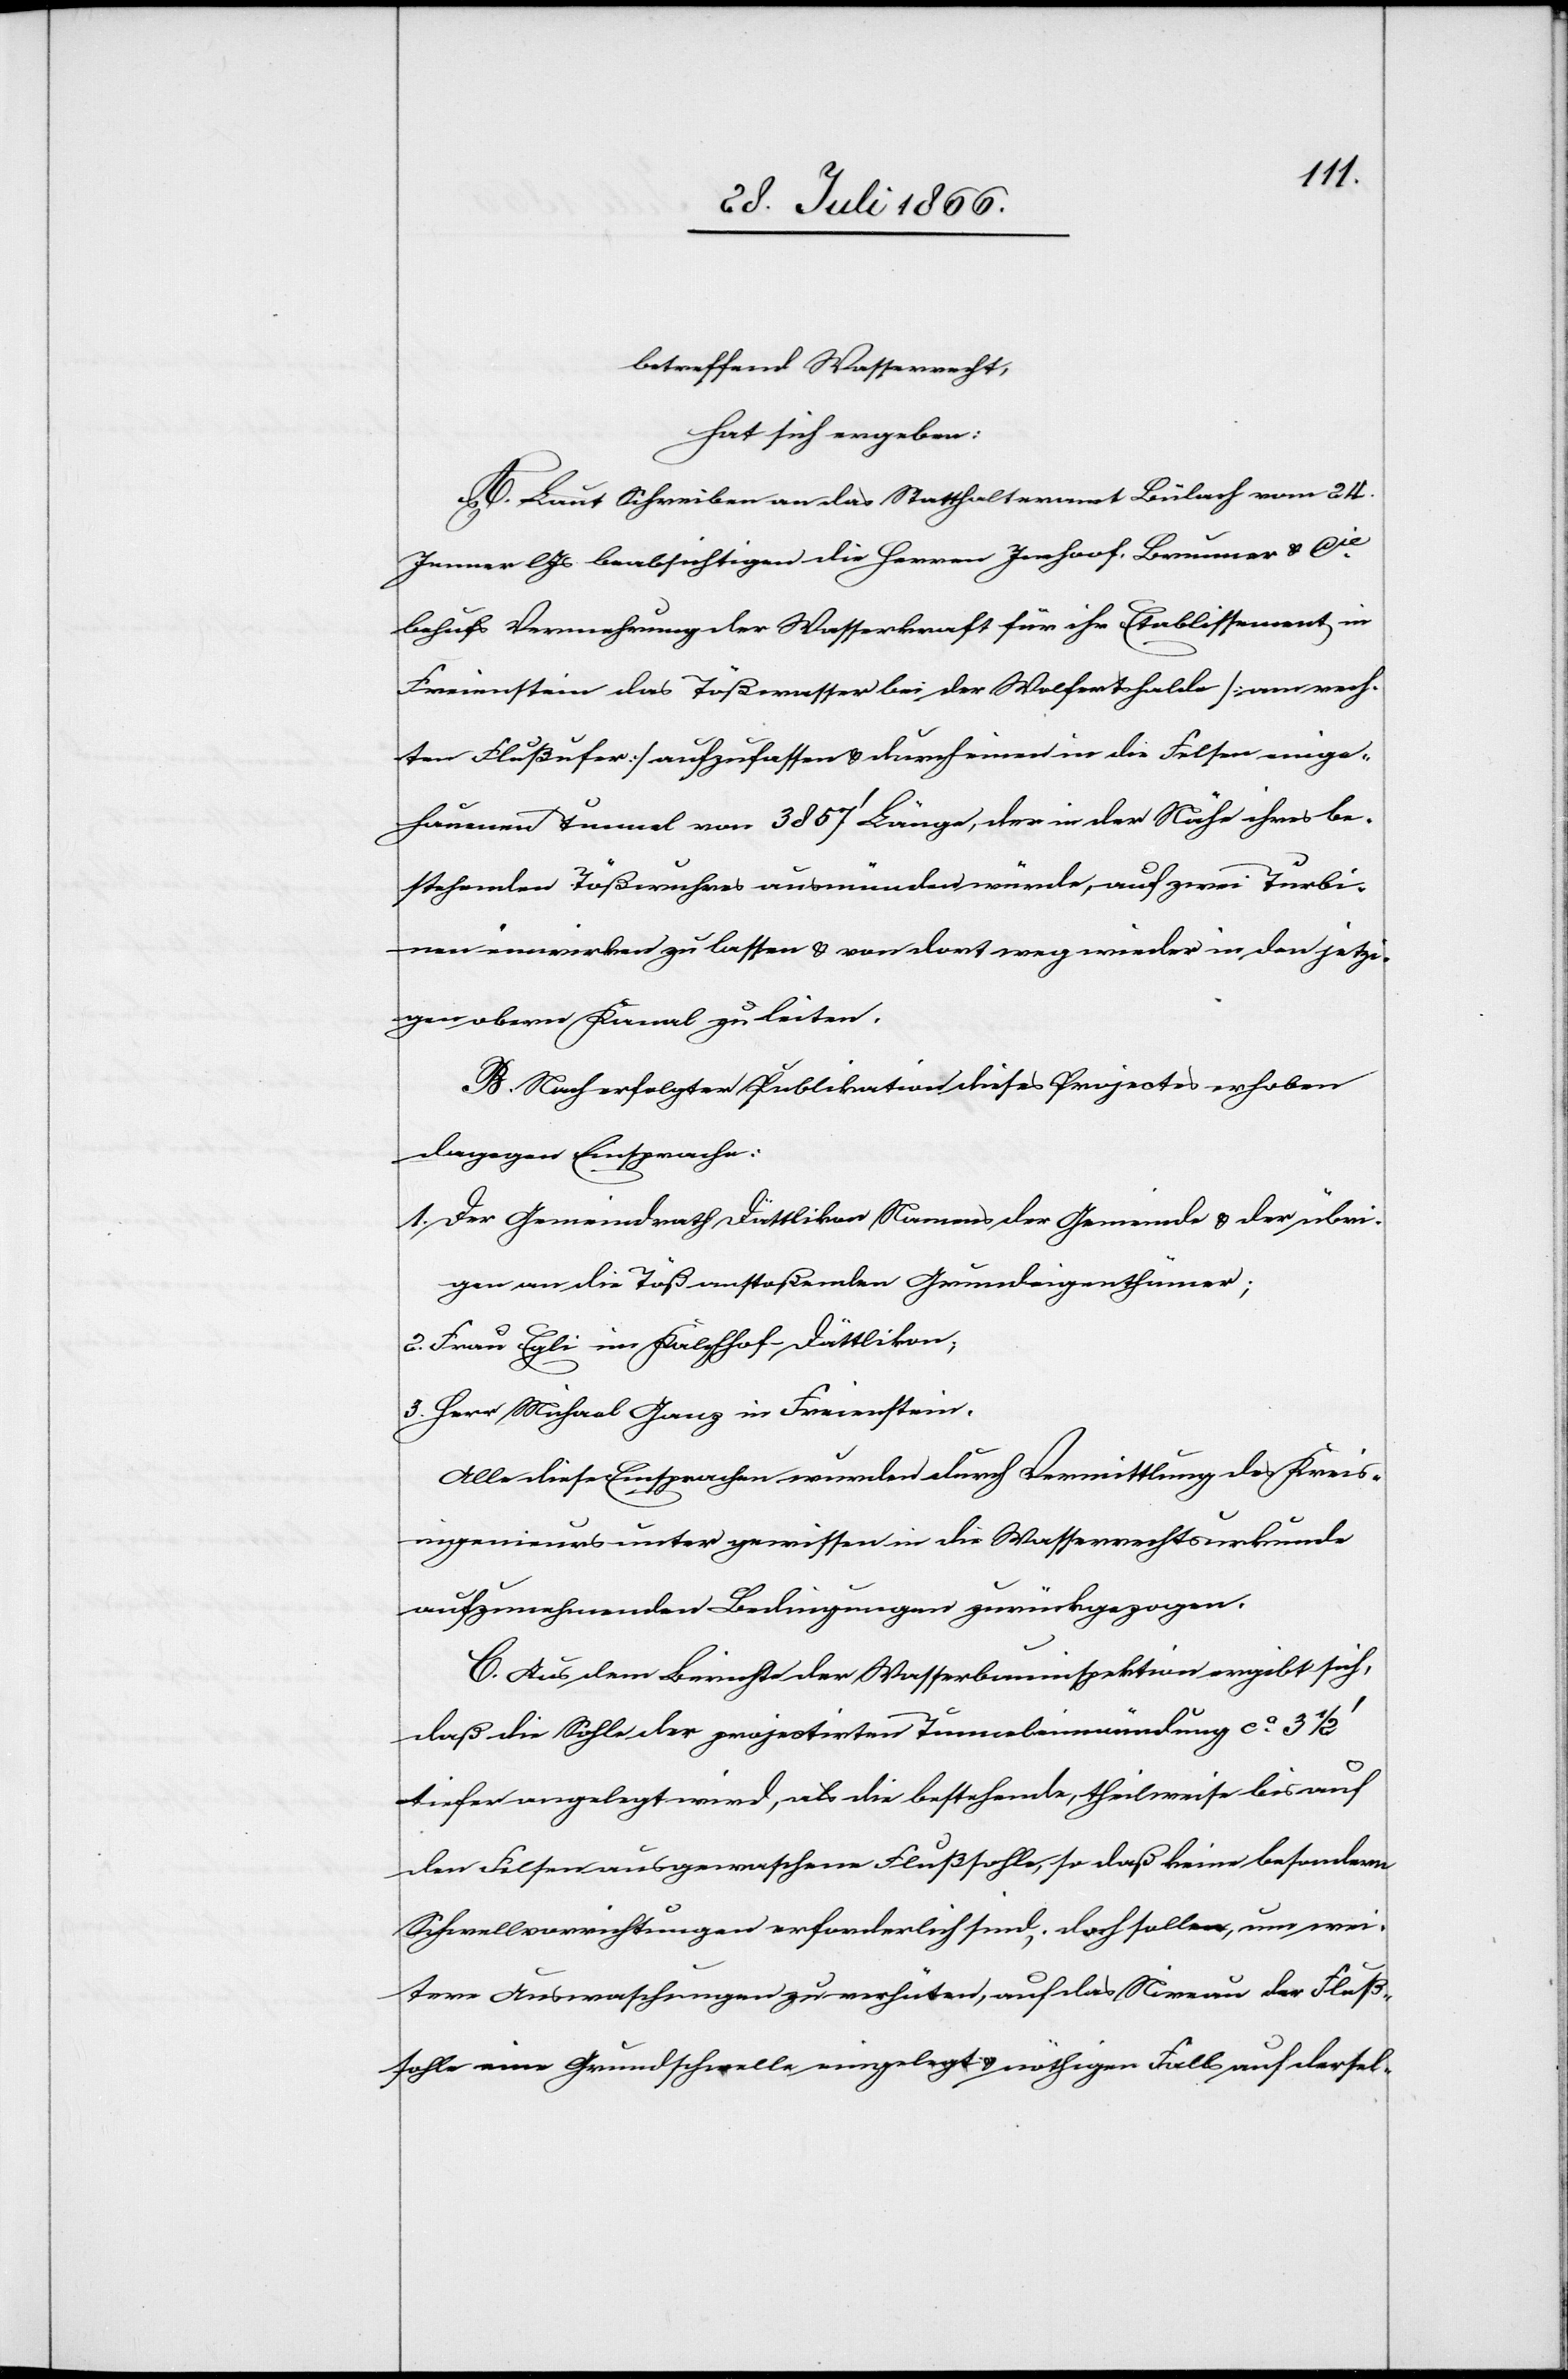
betreffend Wasserrecht,
hat sich ergeben:
A. Laut Schreiben an das Statthalteramt Bülach vom 24.
Jenner l Js. beabsichtigen die Herren Imhoof, Brunner u. Cie.
behufs Vermehrung der Wasserkraft für ihr Etablissement in
Freienstein das Tößwasser bei der Wolfertshalde [am rech¬
ten Flußufer] aufzufassen u. durch einen in die Felsen einge¬
hauenen Tunnel von 3857‘ Länge, der in der Nähe ihres be¬
stehenden Tößwuhres ausmünden würde, auf zwei Turbi¬
nen einwirken zu lassen u. von dort weg wieder in den jetzi¬
gen obern Kanal zu leiten.
B. Nach erfolgter Publikation dieses Projects erhoben
dagegen Einsprache:
1. Der Gemeindrath Dättlikon, Namens der Gemeinde u. der übri¬
gen an dieTöß anstoßenden Grundeigenthumer;
2. Frau Egli im Kalchhof-Dättlikon,
3. Herr Michael Ganz in Freienstein.
Alle diese Einsprachen wurden durch Vermittlung des Kreis¬
ingenieurs unter gewissen in die Wasserrechtsurkunde
aufzunehmenden Bedingungen zurückgezogen.
C. Aus dem Berichte der Wasserbauinspektion ergibt sich,
daß die Sohle der projectirten Tunneleinmündung ca. 3 ½‘
tiefer angelegt wird, als die bestehende, theilweise bis auf
den Felsen ausgewaschene Flußsohle, so daß keine besondern
Schwellvorrichtungen erforderlich sind; doch sollen, um wei¬
tere Auswaschungen zu verhüten, auf das Niveau der Fluß¬
sohle eine Grundschwelle eingelegt u. nöthigen Falls auf dersel-